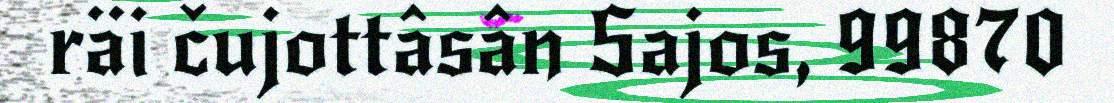
räi čujottâsân Sajos, 99870